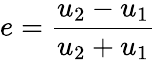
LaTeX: e={\frac{u_{2}-u_{1}}{u_{2}+u_{1}}}